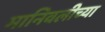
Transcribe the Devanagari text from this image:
मानिवलीच्या